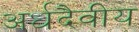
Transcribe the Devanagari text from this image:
अर्धदैवीय